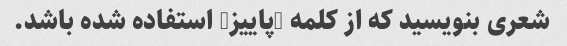
شعری بنویسید که از کلمه "پاییز" استفاده شده باشد.